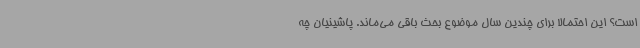
است؟ این احتمالا برای چندین سال موضوع بحث باقی می‌ماند. پاشینیان چه